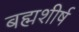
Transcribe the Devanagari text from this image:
बह्मशीर्ष